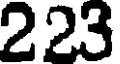
223